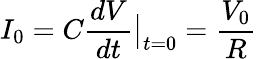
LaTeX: I_{0}=C\frac{dV}{dt}\big|_{t=0}=\frac{V_{0}}{R}